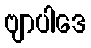
ဗျာပါဒေ